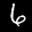
Label: 6